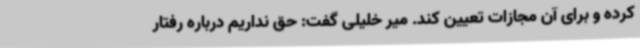
کرده و برای آن مجازات تعیین کند. میر خلیلی گفت: حق نداریم درباره رفتار